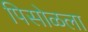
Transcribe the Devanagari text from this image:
पिसोळला